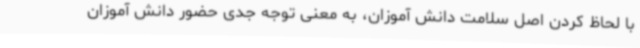
با لحاظ کردن اصل سلامت دانش آموزان، به معنی توجه جدی حضور دانش آموزان